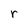
Character: r